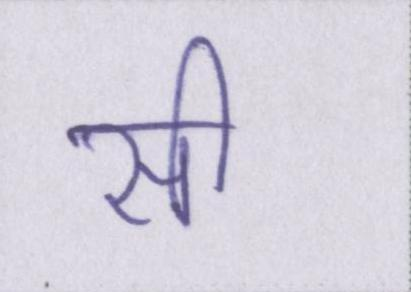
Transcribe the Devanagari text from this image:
सी